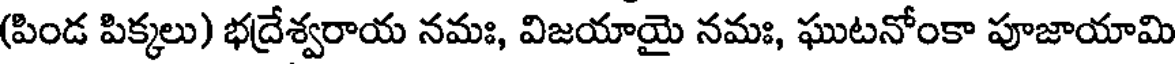
(పిండ పిక్కలు) భద్రేశ్వరాయ నమః, విజయాయై నమః, ఘుటనోంకా పూజాయామి